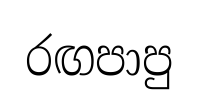
රඟපාපු